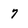
Character: 7